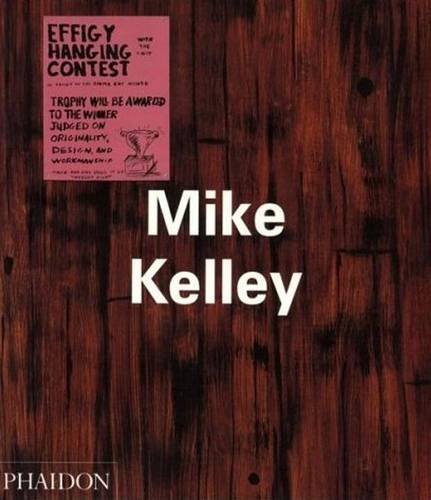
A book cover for Mike Kelley; John Welchman; Arts & Photography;